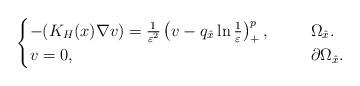
LaTeX: \begin{align*}\begin{cases}-(K_H(x)\nabla v)=\frac{1}{\varepsilon^2} \left (v-q_{\hat{x}}\ln\frac{1}{\varepsilon}\right )^{p}_+,\ \ \ \ &\ \Omega_{\hat{x}}.\\v=0,\ \ \ \ &\ \partial \Omega_{\hat{x}}.\end{cases}\end{align*}